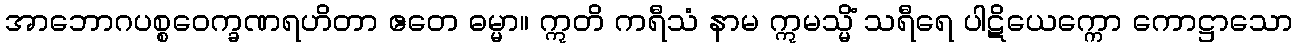
အာဘောဂပစ္စဝေက္ခဏရဟိတာ ဧတေ ဓမ္မာ။ ဣတိ ကရီသံ နာမ ဣမသ္မိံ သရီရေ ပါဋိယေက္ကော ကောဋ္ဌာသော